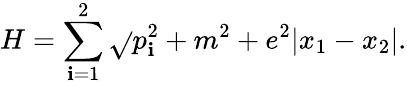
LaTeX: H=\sum_{\mathbf{i}=1}^{2}\sqrt{}{{p_{\mathbf{i}}^{2}+m^{2}}}+e^{2}|x_{1}-x_{2}|.